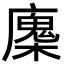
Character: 𢋝